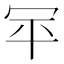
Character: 𰃯